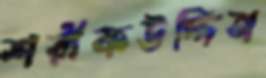
শরীফউদ্দিন